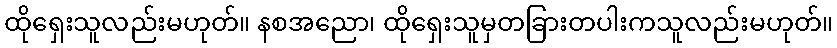
ထိုရှေးသူလည်းမဟုတ်။ နစအညော၊ ထိုရှေးသူမှတခြားတပါးကသူလည်းမဟုတ်။